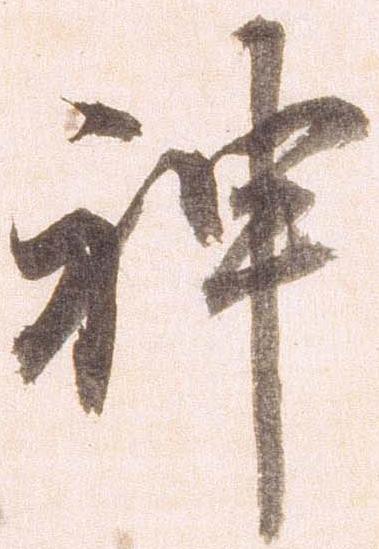
神